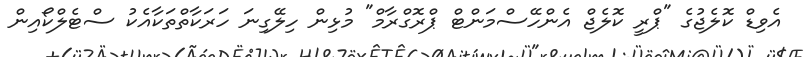
އެވިޑް ކޮލެޖުގެ "ޕްރީ ކޮލެޖް އެންހޭސްމަންޓް ޕްރޮގްރާމް" މުޅިން ހިލޭގިނަ ހަރަކާތްތަކާއެކު ސްޓެލްކޯއިން